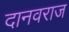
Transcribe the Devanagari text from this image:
दानवराज